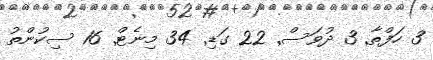
3 ހަފްތާ